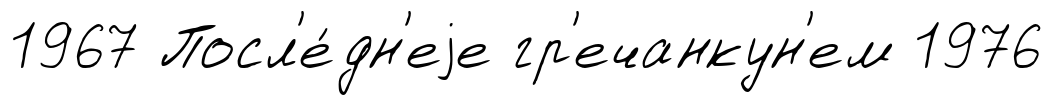
1967 Посл'е́дн'еjе гр'ечанкун'ем 1976